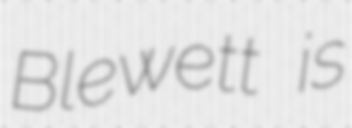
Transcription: Blewett is